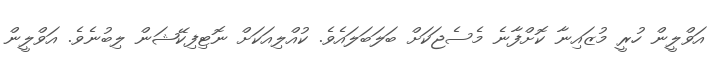
އަވްލީން ހުރީ މުޒައިނާ ކޮށްފާނެ މެސެޖަކަށް ބަލަބަލައެވެ. ކުއްލިއަކަށް ނޮޓިފިކޭޝަން ލިބުނެވެ. އަވްލީން